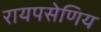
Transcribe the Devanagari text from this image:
रायपसेणिय